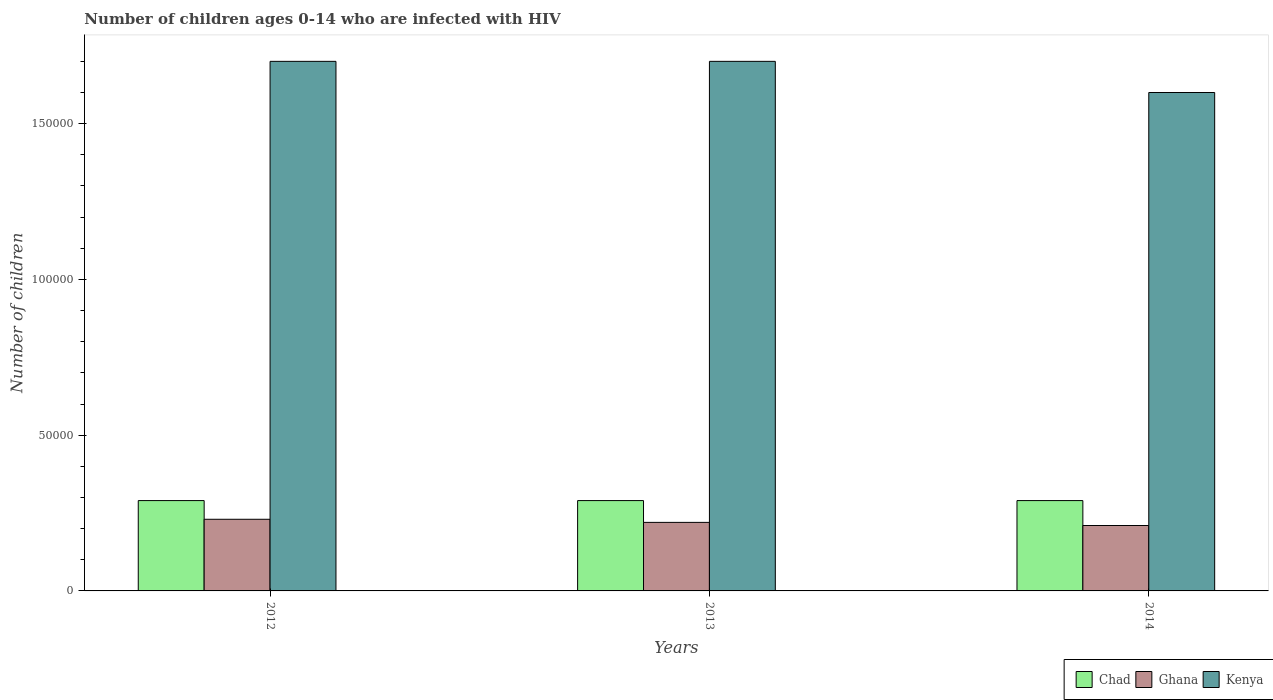
| Years | Chad | Ghana | Kenya |
 | --- | --- | --- | --- |
 | 2012 | 2.9e+04 | 2.3e+04 | 1.7e+05 |
 | 2013 | 2.9e+04 | 2.2e+04 | 1.7e+05 |
 | 2014 | 2.9e+04 | 2.1e+04 | 1.6e+05 |